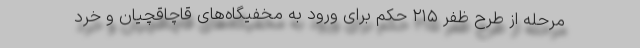
مرحله از طرح ظفر ۲۱۵ حکم برای ورود به مخفیگاه‌های قاچاقچیان و خرد